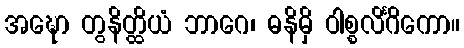
အဍ္ဎော တွနိတ္ထိယံ ဘာဂေ၊ ဓနိမှိ ဝါစ္စလိင်္ဂိကော။